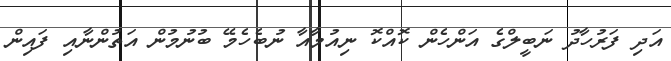
އަދި ފަރުހާދު ނަބީލްގެ އަންހެން ކޮއްކޮ ނިއުމާއާ ނުބެހެމޭ ބުނުމުން އަތުންނާއި ފައިން